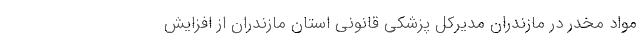
مواد مخدر در مازندران مدیرکل پزشکی قانونی استان مازندران از افزایش